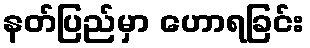
နတ်ပြည်မှာ ဟောရခြင်း